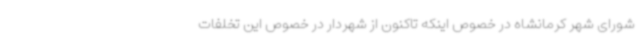
شورای شهر کرمانشاه در خصوص اینکه تاکنون از شهردار در خصوص این تخلفات